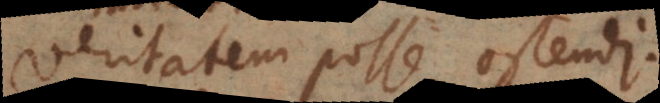
veritatem posse ostendi.